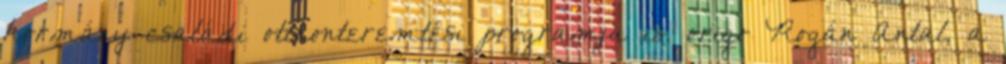
kormány családi otthonteremtési programja is. origo Rogán Antal, a